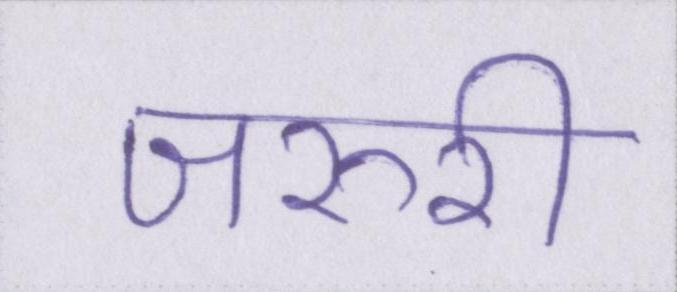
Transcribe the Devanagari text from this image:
जरुरी